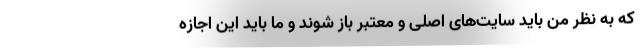
که به نظر من باید سایت‌های اصلی و معتبر باز شوند و ما باید این اجازه